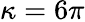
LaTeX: \kappa=6\pi